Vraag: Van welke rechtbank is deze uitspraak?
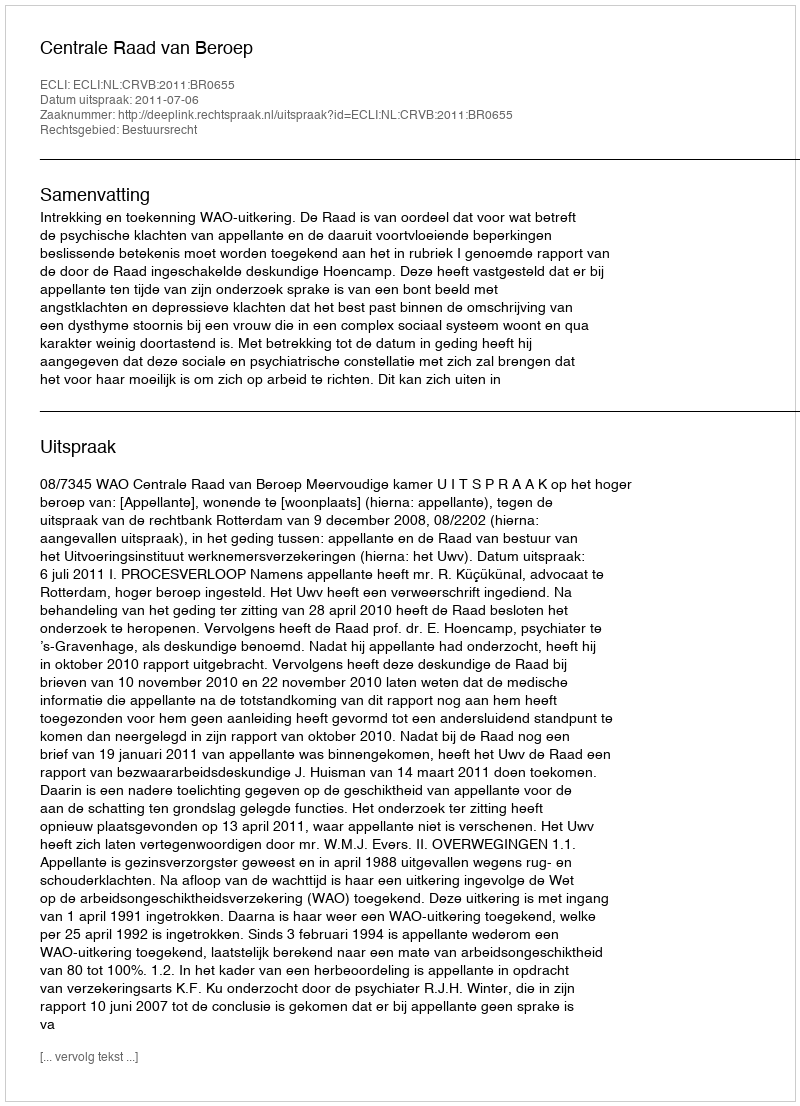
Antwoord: Centrale Raad van Beroep